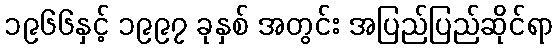
၁၉၆၆နှင့် ၁၉၉၇ ခုနှစ် အတွင်း အပြည်ပြည်ဆိုင်ရာ